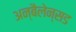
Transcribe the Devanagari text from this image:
अन्बैलेन्सड